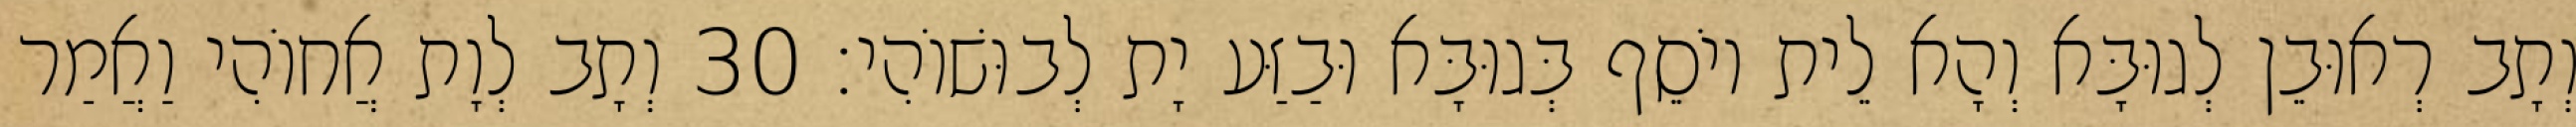
וְתָב רְאוּבֵן לְגוּבָּא וְהָא לֵית יוֹסֵף בְּגוּבָּא וּבַזַּע יָת לְבוּשׁוֹהִי׃ 30 וְתָב לְוָת אֲחוֹהִי וַאֲמַר